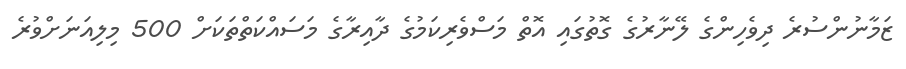
ޒަމާނުންސުރެ ދިވެހިންގެ ލޭނާރުގެ ގޮތުގައި އޮތް މަސްވެރިކަމުގެ ދާއިރާގެ މަސައްކަތްތަކަށް 500 މިލިއަނަށްވުރެ